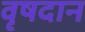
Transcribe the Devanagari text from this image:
वृषदान